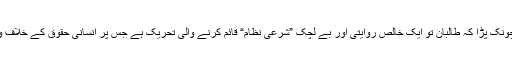
اس بات کو پڑھ کر میں تو چونک پڑا کہ طالبان تو ایک خالص روایتی اور بے لچک ”شرعی نظام“ قائم کرنے والی تحریک ہے جس پر انسانی حقوق کے خلاف ورزی کے بھی الزامات ہیں۔